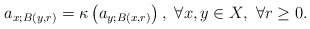
\begin{align*} a_{x;B(y,r)} = \kappa\left(a_{y;B(x,r)}\right),\ \forall x,y\in X,\ \forall r\ge 0.\end{align*}